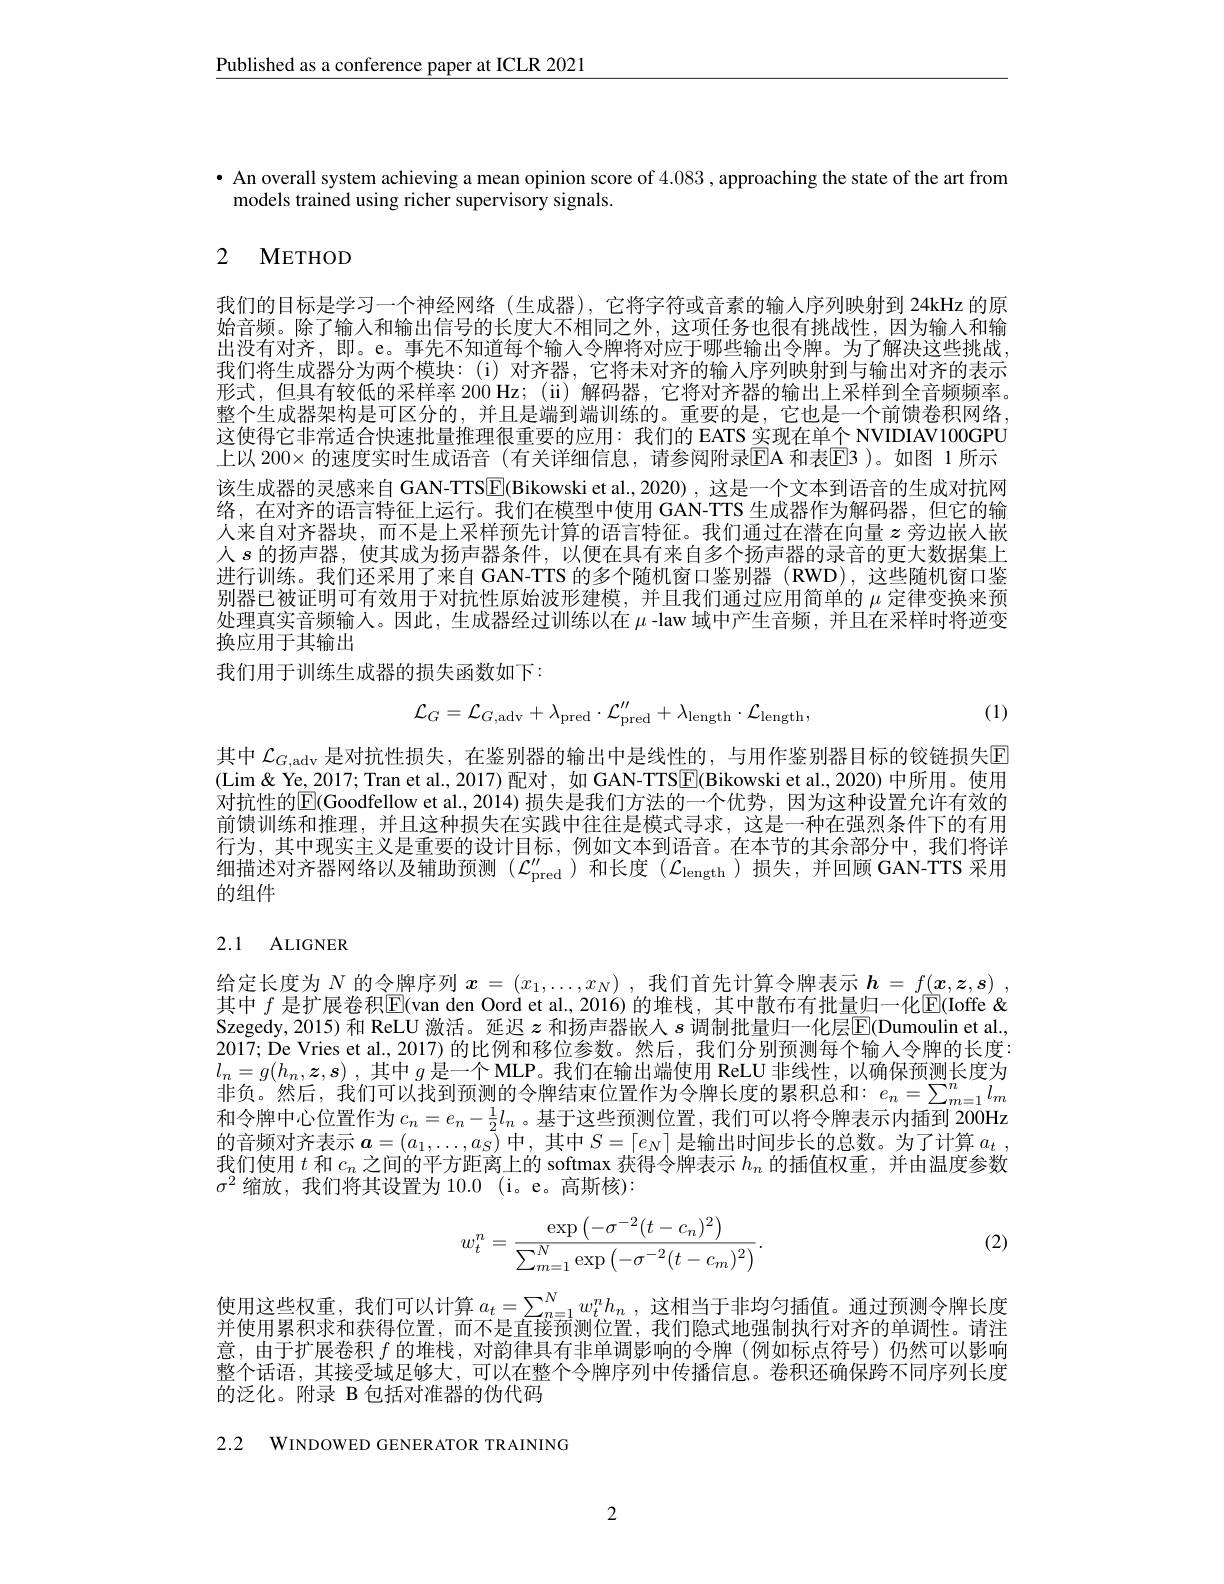
$\underline{\text{Published as a conference paper at ICLR 2021}}$

$\bullet$ An overall system achieving a mean opinion score of 4.083 , approaching the state of the art from
models trained using richer supervisory signals.

# 2 METHOD

我们的目标是学习一个神经网络(生成器),它将字符或音素的输人序列映射到 24kHz 的原始音频。除了输人和输出信号的长度大不相同之外，这项任务也很有挑战性，因为输入和输出没有对齐，即。e。事先不知道每个输人令牌将对应于哪些输出令牌。为了解决这些挑战， 我们将生成器分为两个模块：(i)对齐器，它将未对齐的输人序列映射到与输出对齐的表示形式，但具有较低的采样率 200 Hz; (ii)解码器，它将对齐器的输出上采样到全音频频率。整个生成器架构是可区分的，并且是端到端训练的。重要的是，它也是一个前馈卷积网络， 这使得它非常适合快速批量推理很重要的应用：我们的 EATS 实现在单个 NVIDIAV100GPU 上以 200× 的速度实时生成语音 (有关详细信息，请参阅附录$\overline{\mathrm{E}}$A 和表$\underline{\mathrm{E}}$3 )。如图 1 所示该生成器的灵感来自 GAN-TTS$\boxed{\mathrm{E}}($Bikowski et al.,2020) ,这是一个文本到语音的生成对抗网络，在对齐的语言特征上运行。我们在模型中使用 GAN-TTS 生成器作为解码器，但它的输人来自对齐器块，而不是上采样预先计算的语言特征。我们通过在潜在向量$z$旁边嵌人嵌人$s$的扬声器，使其成为扬声器条件，以便在具有来自多个扬声器的录音的更大数据集上进行训练。我们还采用了来自 GAN-TTS 的多个随机窗口鉴别器 (RWD),这些随机窗口鉴别器已被证明可有效用于对抗性原始波形建模，并且我们通过应用简单的$\mu$定律变换来预处理真实音频输人。因此，生成器经过训练以在$\mu$ -law 域中产生音频，并且在采样时将逆变换应用于其输出
我们用于训练生成器的损失函数如下：

(1)
$$\mathcal{L}_{G}=\mathcal{L}_{G,\mathrm{adv}}+\lambda_{\mathrm{pred}}\cdot\mathcal{L}_{\mathrm{pred}}^{\prime\prime}+\lambda_{\mathrm{length}}\cdot\mathcal{L}_{\mathrm{length}},$$
其中$\mathcal{L} _G$,adv是对抗性损失，在鉴别器的输出中是线性的，与用作鉴别器目标的铰链损失回(Lim & Ye, 2017; Tran et al., 2017) 配对，如 GAN-TTS$\boxed{\mathrm{E}}($Bikowski et al., 2020) 中所用。使用对抗性的$\mathbb{E}($Goodfellow et al., 2014) 损失是我们方法的一个优势，因为这种设置允许有效的前馈训练和推理，并且这种损失在实践中往往是模式寻求，这是一种在强烈条件下的有用行为，其中现实主义是重要的设计目标，例如文本到语音。在本节的其余部分中，我们将详细描述对齐器网络以及辅助预测($\mathcal{L}_\mathrm{pred}^{\prime\prime}$)和长度($\mathcal{L}_\mathrm{length}$)损失，并回顾 GAN-TTS 采用的组件

## 2.1 ALIGNER

给定长度为$N$的令牌序列$\boldsymbol x=(x_1,\ldots,x_N)$ ,我们首先计算令牌表示$\boldsymbol h=f(\boldsymbol{x},\boldsymbol{z},\boldsymbol{s})$ , 其中 $f$ 是扩展卷积$\mathbb{E}($van den Oord et al.,2016)的堆栈，其中散布有批量归一化$\boxed{\mathrm{F}}($Ioffe & Szegedy, 2015) 和 ReLU 激活。延迟$z$和扬声器嵌人$s$调制批量归一化层$\mathbb{E}($Dumoulin et al., 2017; De Vries et al., 2017) 的比例和移位参数。然后，我们分别预测每个输人令牌的长度： $l_n= g( h_n, \boldsymbol{z}, \boldsymbol{s})$ ,其中$g$是一个 MLP。我们在输出端使用 ReLU 非线性，以确保预测长度为非负。然后，我们可以找到预测的令牌结束位置作为令牌长度的累积总和：$e_n=\sum_{m=1}^nl_m$ 和令牌中心位置作为$c_n=e_n-\frac12l_n$。基于这些预测位置，我们可以将令牌表示内插到 200Hz 的音频对齐表示$\boldsymbol a=(a_1,\ldots,a_S)$中 , 其中$S=\lceil e_N\rceil$是输出时间步长的总数。为了计算$a_t$ , 我们使用$t$和$c_n$之间的平方距离上的 softmax 获得令牌表示$h_n$的插值权重，并由温度参数$\sigma^2$缩放，我们将其设置为 10.0 (i。e。高斯核):

(2)
$$w_t^n=\frac{\exp\left(-\sigma^{-2}(t-c_n)^2\right)}{\sum_{m=1}^N\exp\left(-\sigma^{-2}(t-c_m)^2\right)}.$$
使用这些权重，我们可以计算$a_t=\sum_{n=1}^Nw_t^nh_n$,这相当于非均匀插值。通过预测令牌长度并使用累积求和获得位置、而不是直接预测位置。我们隐式地强制执行对齐的单调性。请注意，由于扩展卷积$f$的堆栈，对韵律具有非单调影响的令牌(例如标点符号)仍然可以影响整个话语，其接受域足够大，可以在整个令牌序列中传播信息。卷积还确保跨不同序列长度的泛化。附录 B 包括对准器的伪代码

2.2 WINDOWED GENERATOR TRAINING

2